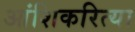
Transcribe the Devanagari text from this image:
आंशिकरित्या